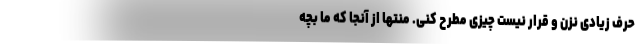
حرف زیادی نزن و قرار نیست چیزی مطرح کنی. منتها از آنجا که ما بچه